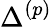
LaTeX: \Delta^{(p)}